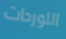
اللوردات